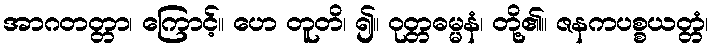
အာဂတတ္တာ၊ ကြောင့်။ ဟေ တူတိ၊ ၍။ ဝုတ္တဓမ္မနံ၊ တို့၏။ ဇနကပစ္စယတ္တံ၊